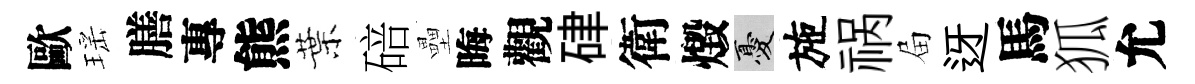
歐瑶膳專熊葉碚壘晦觀硉衛燬憂施祸屇迓馬狐允